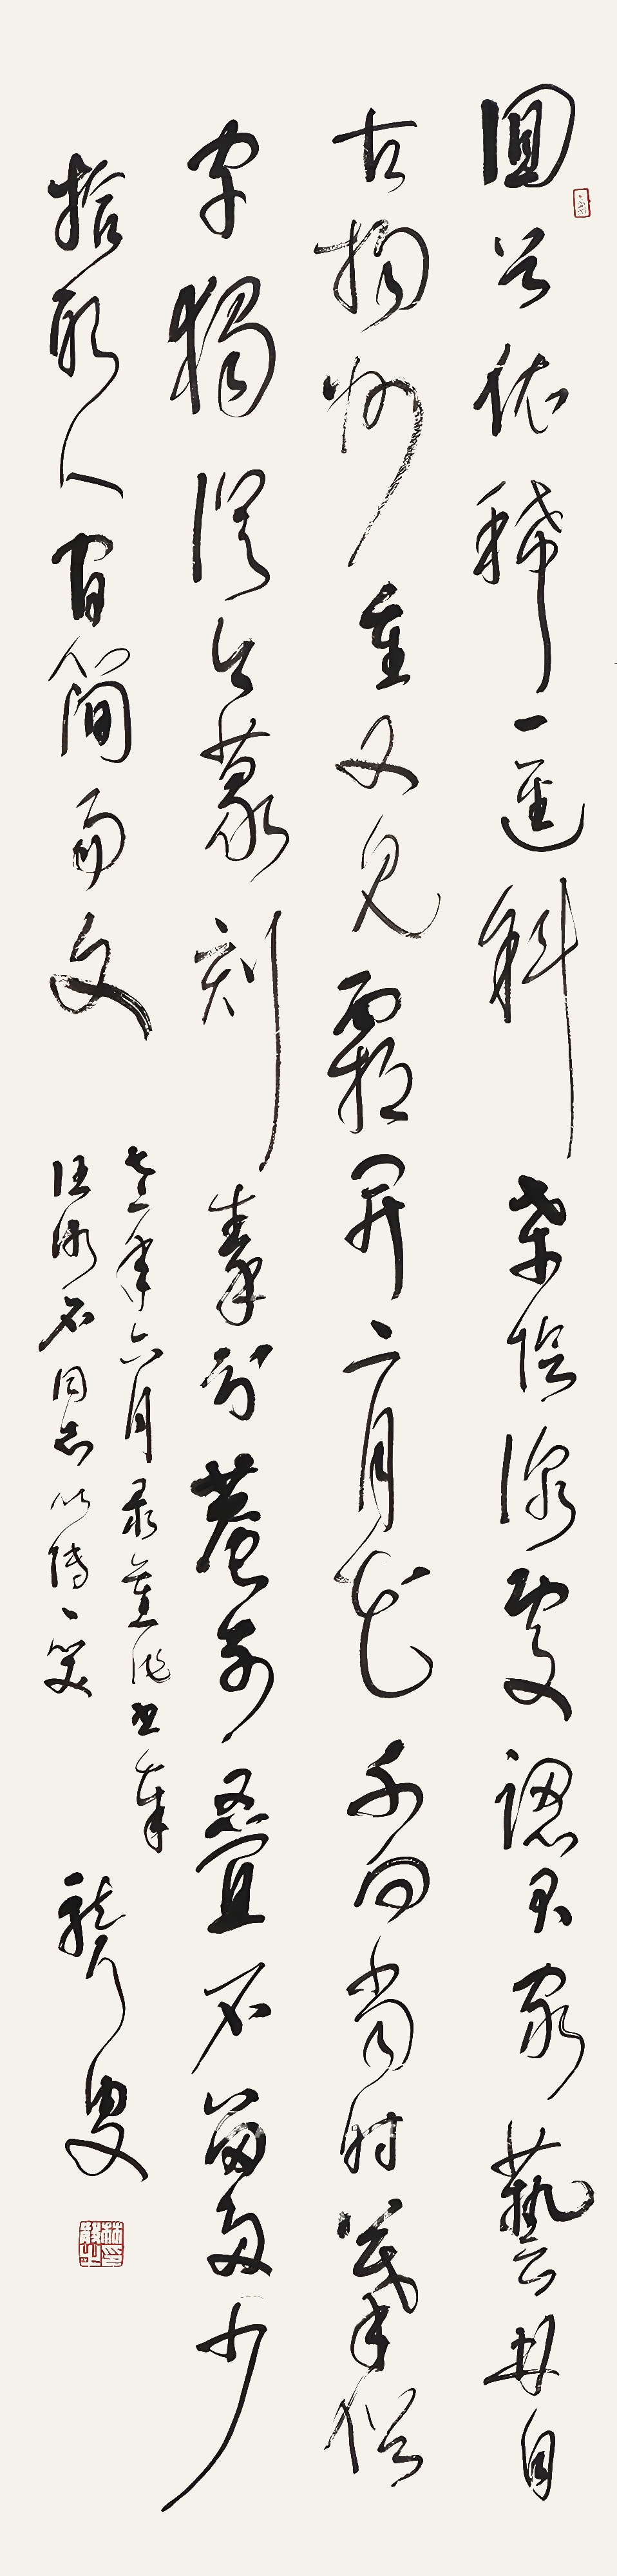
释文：回首依稀一迳斜，桑阴深处认君家。艺林自古扬州重，又见霜开二月花。不向当时摹俗字，独从今篆刻秦分。庵前叠石留多少，拾取人间简易文。七二年六月录旧作书奉汪冰石同志，以博一笑，聋叟。